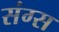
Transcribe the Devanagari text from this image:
संग्स